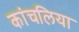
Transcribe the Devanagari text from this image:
कांचलिया